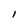
Character: l